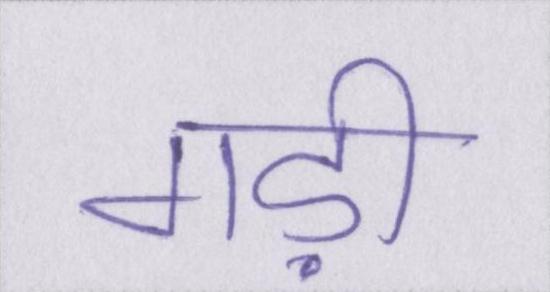
गड़ी